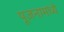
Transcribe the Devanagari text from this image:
पूजनामध्ये